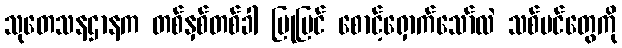
သုတေသနဌာနက တစ်နှစ်တစ်ခါ ပြုပြင် စောင့်ရှောက်သော်လဲ သစ်ပင်တွေကို